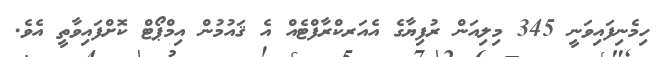
ހިމެނިފައިވަނީ 345 މިލިއަން ރުފިޔާގެ އެއަރކްރާފްޓެއް އެ ޤައުމުން އިމްޕޯޓް ކޮށްފައިވާތީ އެވެ.